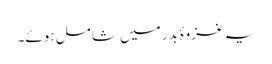
یہ غزوۂ بدر میں شامل ہوئے۔